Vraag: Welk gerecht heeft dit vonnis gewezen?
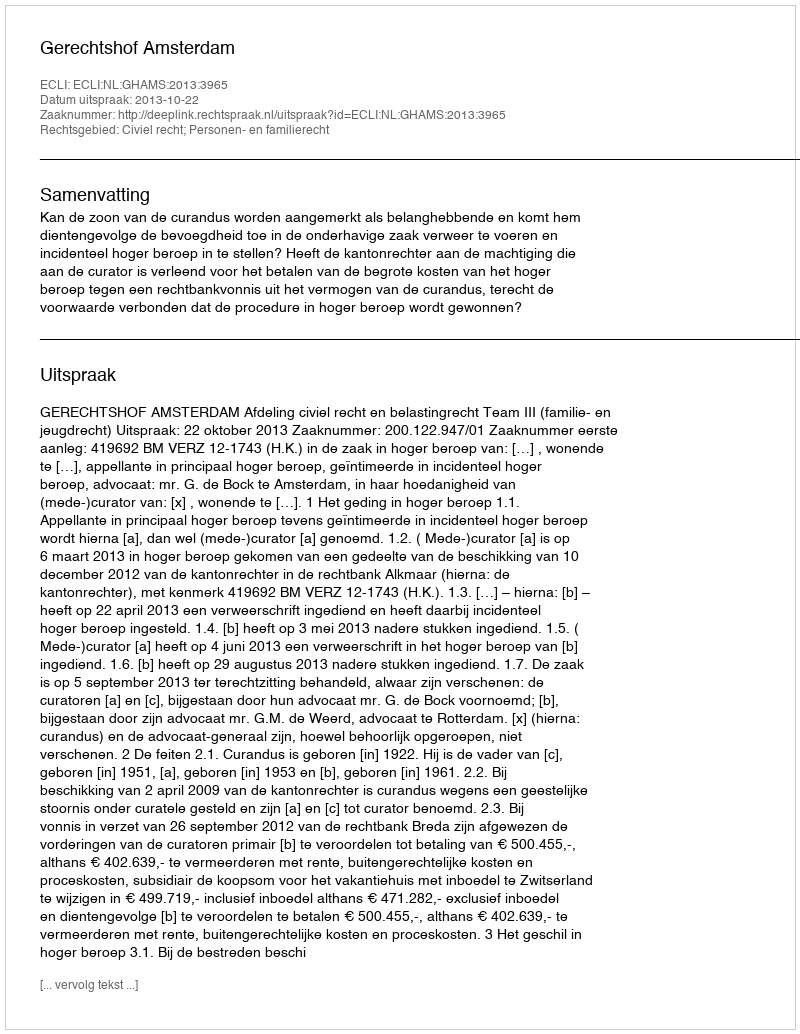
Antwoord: Gerechtshof Amsterdam